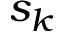
s _ { k }